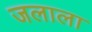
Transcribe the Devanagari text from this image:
जलाला